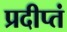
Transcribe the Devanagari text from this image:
प्रदीप्तं